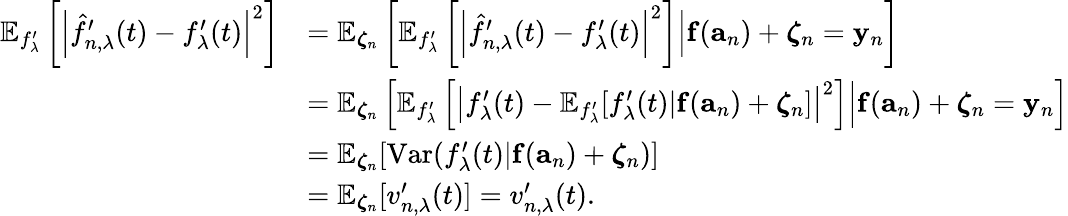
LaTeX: \begin{array}{rl}{\mathbb{E}_{f_{\lambda}^{\prime}}\left[\left|\hat{f}_{n,\lambda}^{\prime}(t)-f_{\lambda}^{\prime}(t)\right|^{2}\right]}&{=\mathbb{E}_{\boldsymbol\zeta_{n}}\left[\mathbb{E}_{f_{\lambda}^{\prime}}\left[\left|\hat{f}_{n,\lambda}^{\prime}(t)-f_{\lambda}^{\prime}(t)\right|^{2}\right]\Big\vert\mathbf{f}(\mathbf{a}_{n})+\boldsymbol\zeta_{n}=\mathbf{y}_{n}\right]}\\ &{=\mathbb{E}_{\boldsymbol\zeta_{n}}\left[\mathbb{E}_{f_{\lambda}^{\prime}}\left[\left|f_{\lambda}^{\prime}(t)-\mathbb{E}_{f_{\lambda}^{\prime}}[f_{\lambda}^{\prime}(t)\vert\mathbf{f}(\mathbf{a}_{n})+\boldsymbol\zeta_{n}]\right|^{2}\right]\Big\vert\mathbf{f}(\mathbf{a}_{n})+\boldsymbol\zeta_{n}=\mathbf{y}_{n}\right]}\\ &{=\mathbb{E}_{\boldsymbol\zeta_{n}}[\mathrm{Var}(f_{\lambda}^{\prime}(t)\vert\mathbf{f}(\mathbf{a}_{n})+\boldsymbol\zeta_{n})]}\\ &{=\mathbb{E}_{\boldsymbol\zeta_{n}}[v_{n,\lambda}^{\prime}(t)]=v_{n,\lambda}^{\prime}(t).}\end{array}